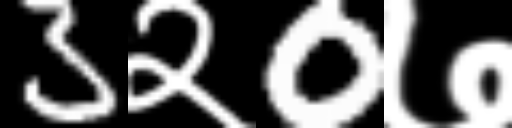
Text: 3२0७